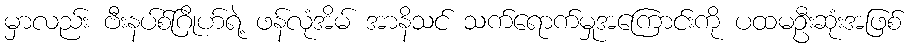
မှာလည်း ဗီးနပ်စ်ဂြိုဟ်ရဲ့ ဖန်လုံအိမ် အာနိသင် သက်ရောက်မှုအကြောင်းကို ပထမဦးဆုံးအဖြစ်